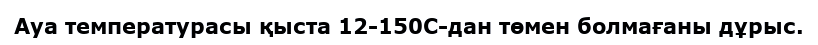
Ауа температурасы қыста 12-150С-дан төмен болмағаны дұрыс.